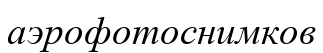
аэрофотоснимков